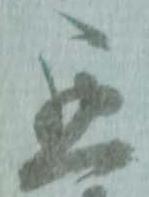
悪